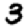
Digit: 3